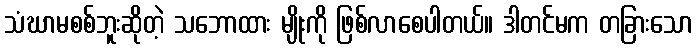
သံဃာမစစ်ဘူးဆိုတဲ့ သဘောထား မျိုးကို ဖြစ်လာစေပါတယ်။ ဒါတင်မက တခြားသော